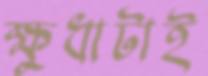
ক্ষুধাটাই